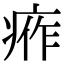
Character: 𤶙